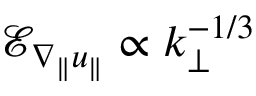
\mathcal { E } _ { \nabla _ { \| } u _ { \| } } \propto k _ { \perp } ^ { - 1 / 3 }